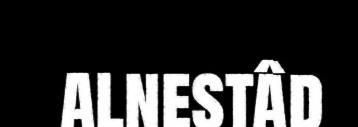
alnestâd